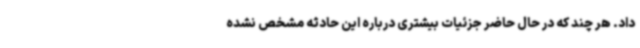
داد. هر چند که در حال حاضر جزئیات بیشتری درباره این حادثه مشخص نشده